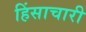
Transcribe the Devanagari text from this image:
हिंसाचारी